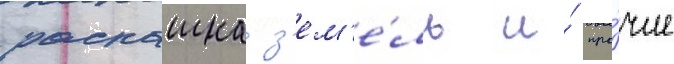
распашка з'ем'е́ль и́ про́чие